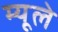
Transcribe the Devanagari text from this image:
म्यूले